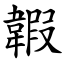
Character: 䪗